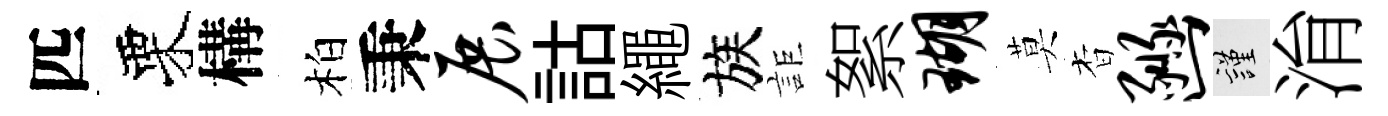
匹栗構柏秉展詁繩族詎絮瑚莫杳豳謹㳙